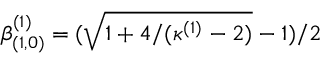
\beta _ { ( 1 , 0 ) } ^ { ( 1 ) } = ( \sqrt { 1 + 4 / ( \kappa ^ { ( 1 ) } - 2 ) } - 1 ) / 2